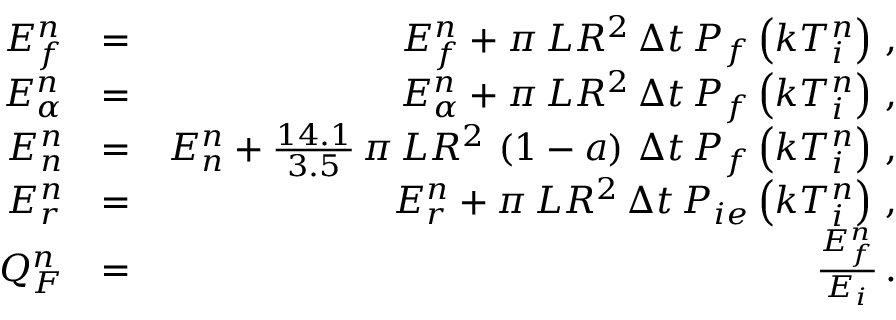
\begin{array} { r l r } { E _ { f } ^ { n } } & { = } & { E _ { f } ^ { n } + \pi \, L R ^ { 2 } \, \Delta t \, P _ { f } \left( k T _ { i } ^ { n } \right) \, , } \\ { E _ { \alpha } ^ { n } } & { = } & { E _ { \alpha } ^ { n } + \pi \, L R ^ { 2 } \, \Delta t \, P _ { f } \left( k T _ { i } ^ { n } \right) \, , } \\ { E _ { n } ^ { n } } & { = } & { E _ { n } ^ { n } + \frac { 1 4 . 1 } { 3 . 5 } \, \pi \, L R ^ { 2 } \, \left( 1 - a \right) \, \Delta t \, P _ { f } \left( k T _ { i } ^ { n } \right) \, , } \\ { E _ { r } ^ { n } } & { = } & { E _ { r } ^ { n } + \pi \, L R ^ { 2 } \, \Delta t \, P _ { i e } \left( k T _ { i } ^ { n } \right) \, , } \\ { Q _ { F } ^ { n } } & { = } & { \frac { E _ { f } ^ { n } } { E _ { i } } \, . } \end{array}